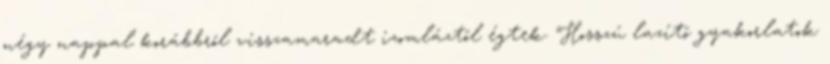
négy nappal korábbról visszamaradt izomláztól égtek. Hosszú lazító gyakorlatok